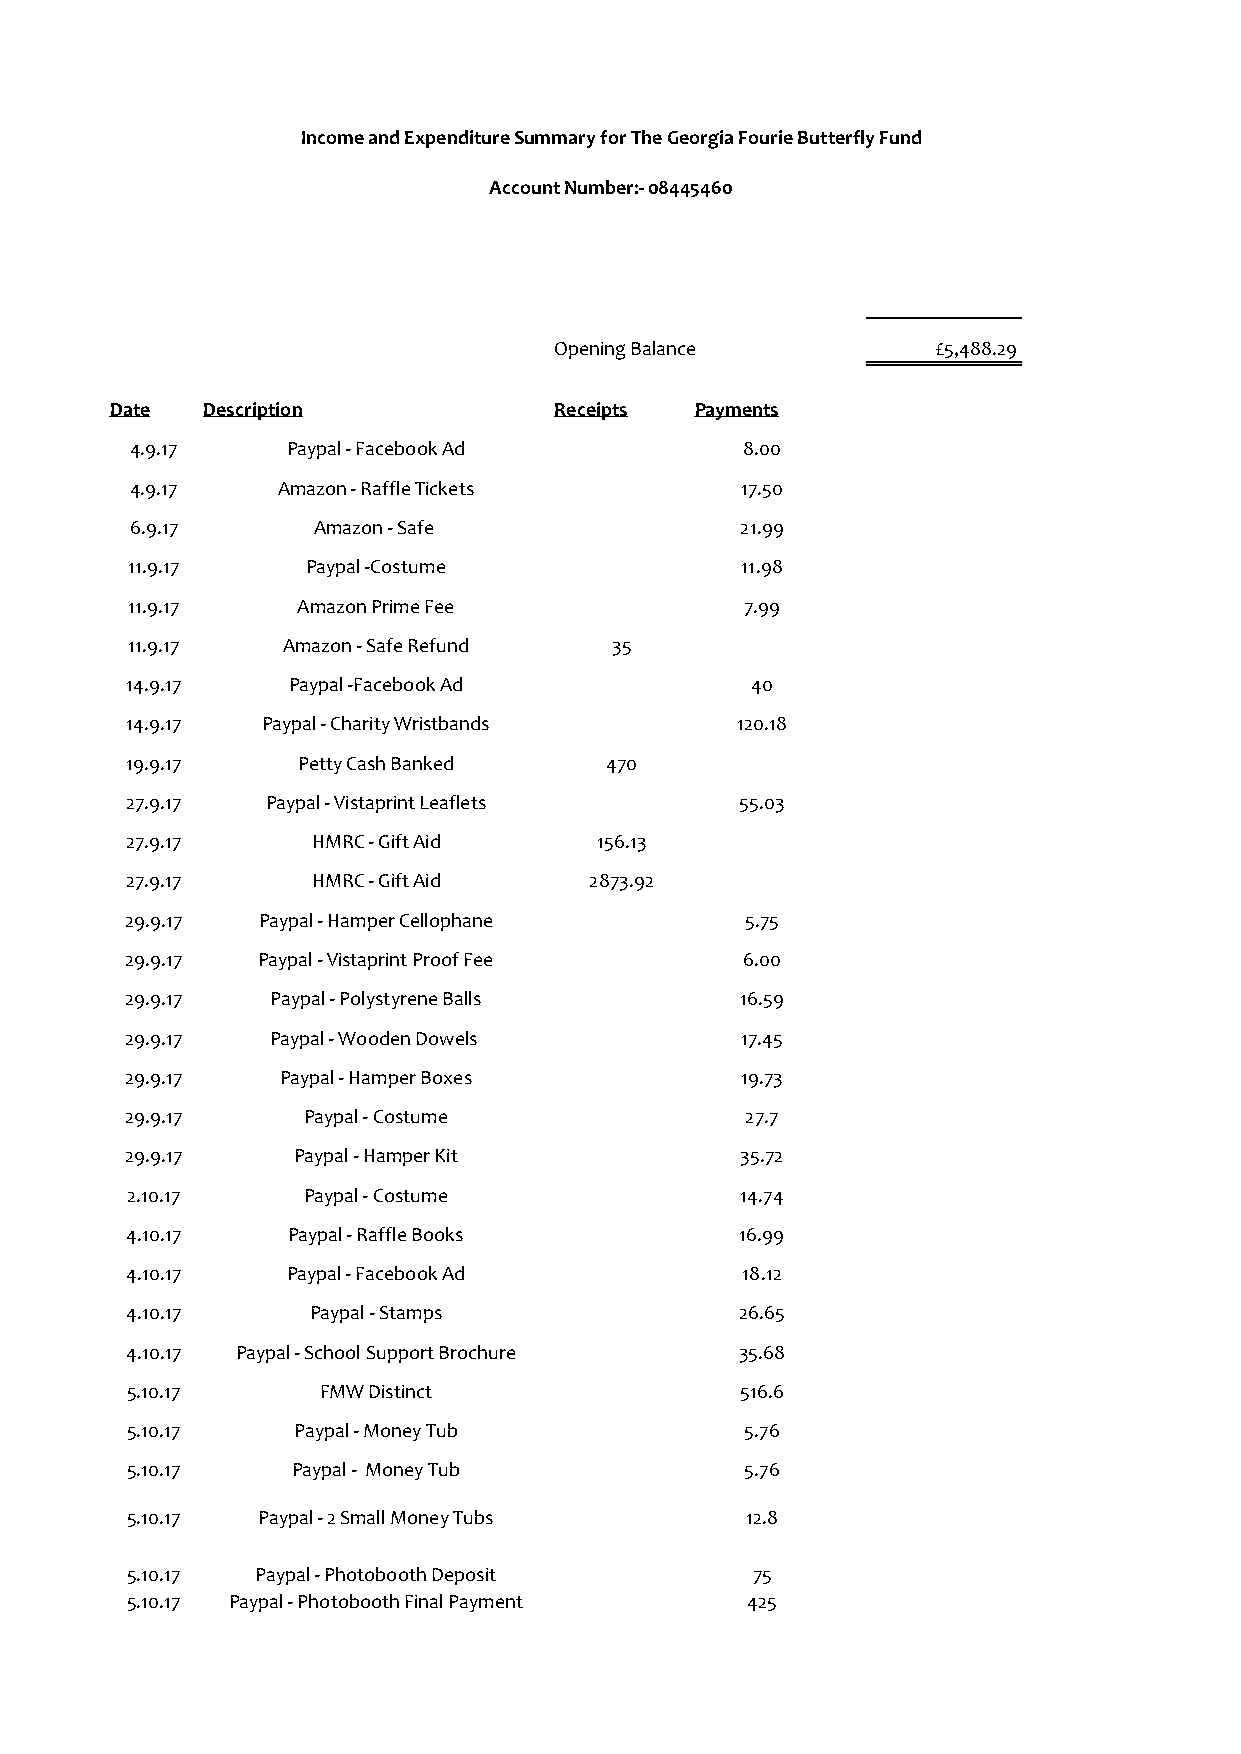
Income and Expenditure Summary for The Georgia Fourie Butterfly Fund
 Account Number:- 08445460
 Opening Balance          £5,488.29
 Date  Description             Receipts Payments
 4.9.17    Paypal - Facebook Ad          8.00
 4.9.17   Amazon - Raffle Tickets        17.50
 6.9.17      Amazon - Safe               21.99
 11.9.17     Paypal -Costume              11.98
 11.9.17     Amazon Prime Fee             7.99
 11.9.17    Amazon - Safe Refund 35
 14.9.17    Paypal -Facebook Ad            40
 14.9.17  Paypal - Charity Wristbands     120.18
 19.9.17     Petty Cash Banked   470
 27.9.17   Paypal - Vistaprint Leaflets   55.03
 27.9.17      HMRC - Gift Aid   156.13
 27.9.17      HMRC - Gift Aid   2873.92
 29.9.17  Paypal - Hamper Cellophane      5.75
 29.9.17  Paypal - Vistaprint Proof Fee   6.00
 29.9.17   Paypal - Polystyrene Balls     16.59
 29.9.17   Paypal - Wooden Dowels         17.45
 29.9.17    Paypal - Hamper Boxes         19.73
 29.9.17     Paypal - Costume             27.7
 29.9.17    Paypal - Hamper Kit           35.72
 2.10.17     Paypal - Costume             14.74
 4.10.17    Paypal - Raffle Books         16.99
 4.10.17    Paypal - Facebook Ad          18.12
 4.10.17      Paypal - Stamps             26.65
 4.10.17 Paypal - School Support Brochure 35.68
 5.10.17      FMW Distinct                516.6
 5.10.17    Paypal - Money Tub            5.76
 5.10.17    Paypal - Money Tub            5.76
 5.10.17  Paypal - 2 Small Money Tubs     12.8
 5.10.17  Paypal - Photobooth Deposit      75
 5.10.17 Paypal - Photobooth Final Payment 425